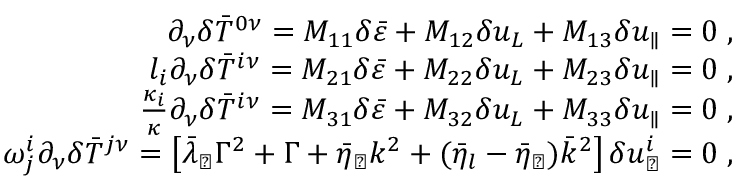
\begin{array} { r l r } & { } & { \partial _ { \nu } \delta \bar { T } ^ { 0 \nu } = M _ { 1 1 } \delta \bar { \varepsilon } + M _ { 1 2 } \delta u _ { L } + M _ { 1 3 } \delta u _ { \parallel } = 0 \; , } \\ & { } & { l _ { i } \partial _ { \nu } \delta \bar { T } ^ { i \nu } = M _ { 2 1 } \delta \bar { \varepsilon } + M _ { 2 2 } \delta u _ { L } + M _ { 2 3 } \delta u _ { \parallel } = 0 \; , } \\ & { } & { \frac { \kappa _ { i } } { \kappa } \partial _ { \nu } \delta \bar { T } ^ { i \nu } = M _ { 3 1 } \delta \bar { \varepsilon } + M _ { 3 2 } \delta u _ { L } + M _ { 3 3 } \delta u _ { \parallel } = 0 \; , } \\ & { } & { \omega _ { j } ^ { i } \partial _ { \nu } \delta \bar { T } ^ { j \nu } = \left[ \bar { \lambda } _ { \perp } \Gamma ^ { 2 } + \Gamma + \bar { \eta } _ { \perp } k ^ { 2 } + ( \bar { \eta } _ { l } - \bar { \eta } _ { \perp } ) \bar { k } ^ { 2 } \right] \delta u _ { \perp } ^ { i } = 0 \; , } \end{array}